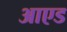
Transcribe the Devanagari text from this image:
आएड